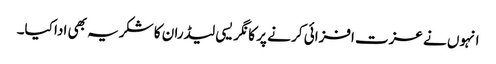
انہوں نے عزت افزائی کر نے پر کا نگر یسی لیڈران کا شکریہ بھی ادا کیا۔